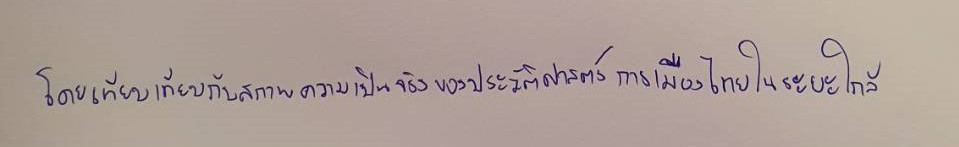
โดยเทียบเทียบกับสภาพความเป็นจริงของประวัติศาสตร์การเมืองไทยในระยะใกล้